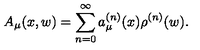
A _ { \mu } ( x , w ) = \sum _ { n = 0 } ^ { \infty } a _ { \mu } ^ { ( n ) } ( x ) \rho ^ { ( n ) } ( w ) .